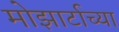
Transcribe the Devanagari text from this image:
मोझार्टाच्या